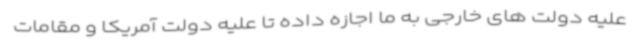
علیه دولت های خارجی به ما اجازه داده تا علیه دولت آمریکا و مقامات